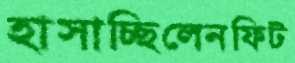
হাসাচ্ছিলেনফিট